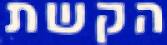
הקשת